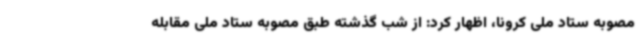
مصوبه ستاد ملی کرونا، اظهار کرد: از شب گذشته طبق مصوبه ستاد ملی مقابله